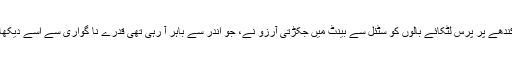
کندھے پر پرس لٹکائے بالوں کو سٹئل سے بینٹ میں جکڑتی آرزو نے، جو اندر سے باہر آ رہی تھی قدرے نا گواری سے اسے دیکھا۔